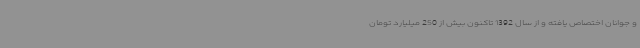
و جوانان اختصاص یافته و از سال 1392 تاکنون بیش از 250 میلیارد تومان